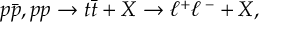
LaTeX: p { \bar { p } } , p p \rightarrow t { \bar { t } } + X \rightarrow \ell ^ { + } \ell \, ^ { - } + X ,